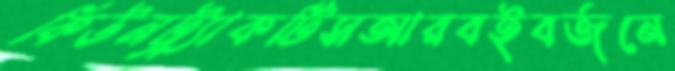
কিউনট্র্যাকটিসআরবইবর্জনে